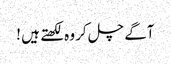
آگے چل کر وہ لکھتے ہیں !